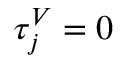
\tau _ { j } ^ { V } = 0